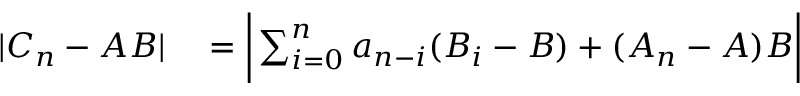
\begin{array} { r l } { | C _ { n } - A B | } & { { } = { \biggl | } \sum _ { i = 0 } ^ { n } a _ { n - i } ( B _ { i } - B ) + ( A _ { n } - A ) B { \biggr | } } \end{array}